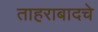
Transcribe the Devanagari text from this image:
ताहराबादचे